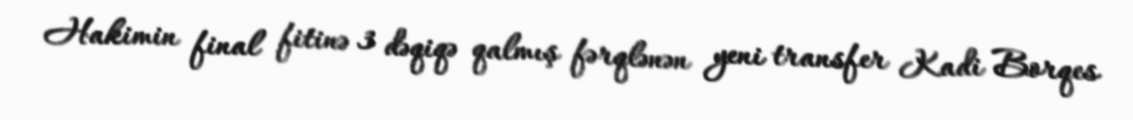
Hakimin final fitinə 3 dəqiqə qalmış fərqlənən yeni transfer Kadi Borqes